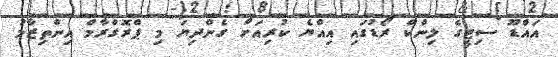
އައްޑޫ ސިޓީގެ ލިންކް ރޯޑުގައި އިއްޔެ ކުރިއަށް ގެންދިޔަ މި ޕްރޮގްރާމް އިންތިޒާމު